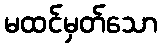
မထင်မှတ်သော